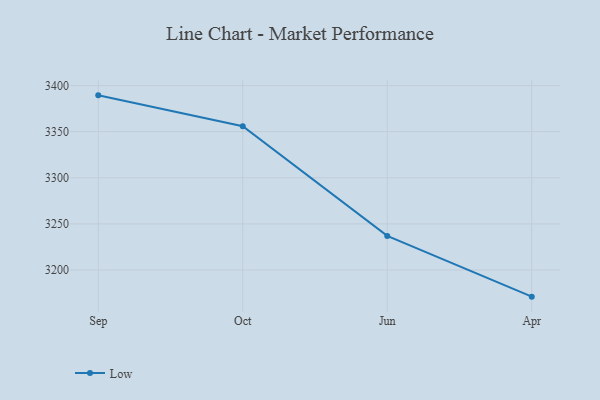
{"axis": {"x": "Month", "y": "Net Income (USD K)"}, "legend": ["Low"], "data": [{"x": "Sep", "y": 3389.4, "type": "Low"}, {"x": "Oct", "y": 3356.0, "type": "Low"}, {"x": "Jun", "y": 3237.0, "type": "Low"}, {"x": "Apr", "y": 3171.1, "type": "Low"}]}